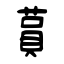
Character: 蒷